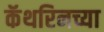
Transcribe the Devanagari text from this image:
कॅथरिनच्या